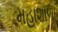
મહાશાળા